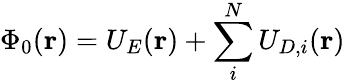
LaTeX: \Phi_{0}(\mathbf{r})=U_{E}(\mathbf{r})+\sum_{i}^{N}U_{D,i}(\mathbf{r})